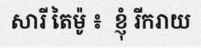
សារី តៃម៉ូ ៖  ខ្ញុំ រីករាយ